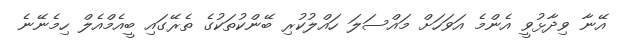
އޭނާ ވިދާޅުވީ އެންމެ އަވަހަށް މައްސަލަ ހައްލުކުރި ބޭންކުތަކުގެ ތެރޭގައި ބީއެމްއެލް ހިމެނޭނެ